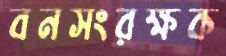
বনসংরক্ষক